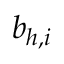
b _ { h , i }